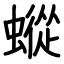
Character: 䗥